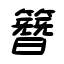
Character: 簪